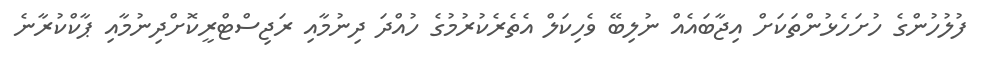
ފުލުހުންގެ ހުށަހެޅުންތަކަށް އިޖާބައެއް ނުލިބޭ ވެހިކަލް އެތެރެކުރުމުގެ ހުއްދަ ދިނުމާއި ރަޖިސްޓްރީކޮށްދިނުމާއި ޕާކްކުރާނެ